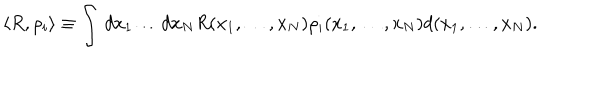
LaTeX: \langle R , \rho _ { i } \rangle \equiv \int \, d x _ { 1 } \dots d x _ { N } R ( x _ { 1 } , \ldots , x _ { N } ) \rho _ { i } ( x _ { 1 } , \ldots , x _ { N } ) d ( x _ { 1 } , \ldots , x _ { N } ) .